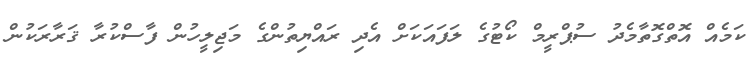
ކަމެއް އޮތްގޮތާމެދު ސުޕްރީމް ކޯޓުގެ ލަފައަކަށް އެދި ރައްޔިތުންގެ މަޖިލީހުން ފާސްކުރާ ޤަރާރަކުން